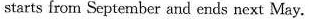
starts from September and ends next May.